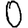
Digit: 0